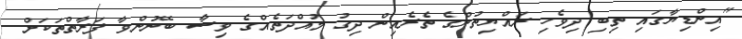
"އިންޑިޔާގައި ތިބި ދިވެހި ރައްޔިތުންގެ ތެރެއިން ދިގު މުއްދަތެއްގެ ވިސާ ބޭނުންވާ ފަރާތްތަކަށް